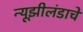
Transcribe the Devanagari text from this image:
न्यूझीलंडाचे